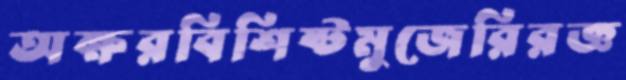
অক্ষরবিশিষ্টমুজেরিরজ্ঞ